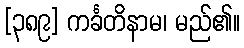
[၃၈၉] ကင်္ခတိနာမ၊ မည်၏။